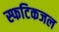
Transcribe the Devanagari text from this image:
स्फटिकजल